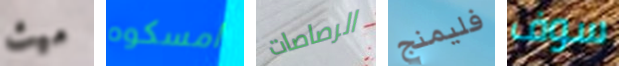
ميث امسكوه الرصاصات فليمنج سوف